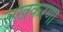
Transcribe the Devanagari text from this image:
सुखकरणा